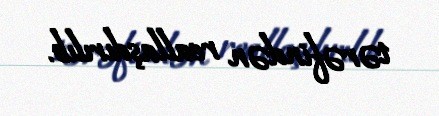
tərəfindən reallaşdırılıb.